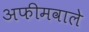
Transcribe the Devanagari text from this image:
अफीमवाले